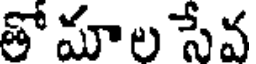
తో మాల సేవ